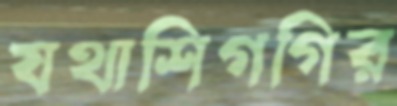
যথাশিগগির